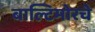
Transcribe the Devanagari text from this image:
बाल्टिमोरचे